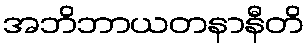
အဘိဘာယတနာနီတိ